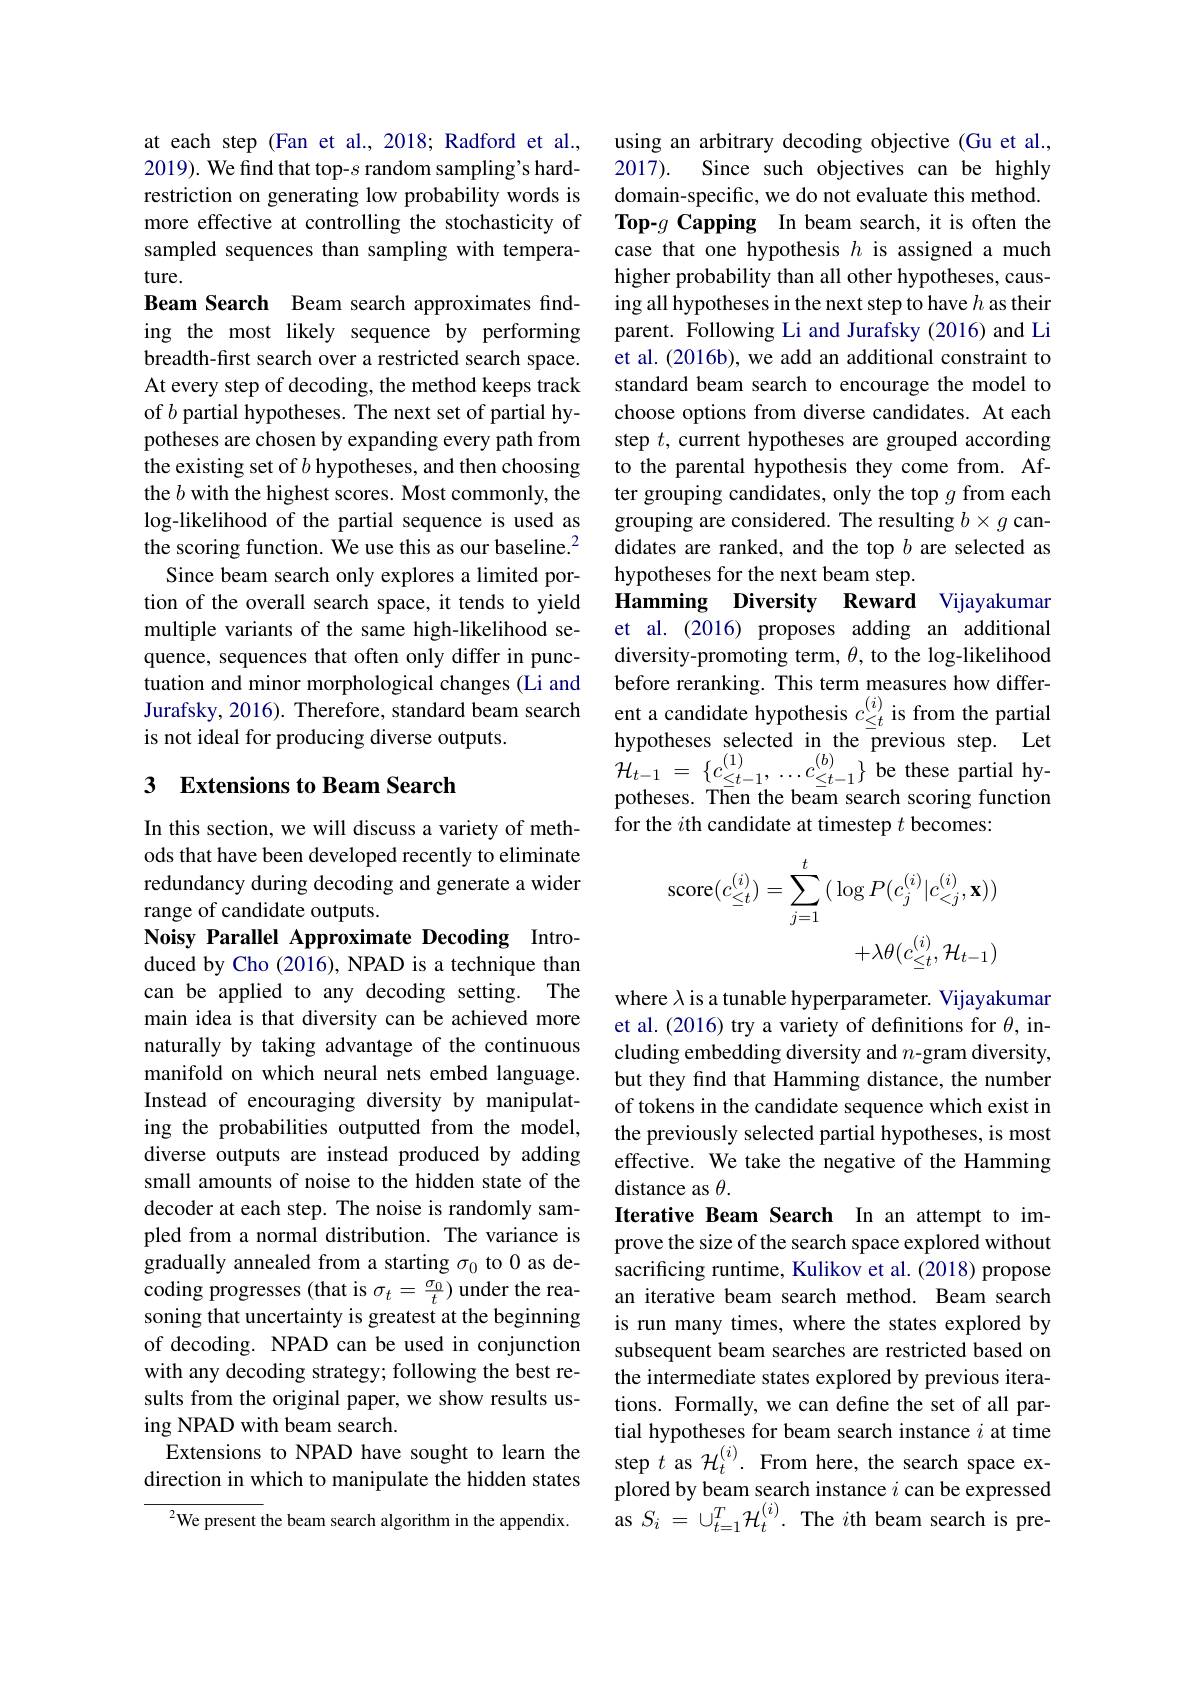
at each step (Fan et al.,2018; Radford et al., 2019). We find that top-s random sampling's hardrestriction on generating low probability words is more effective at controlling the stochasticity of sampled sequences than sampling with temperature.
Beam Search Beam search approximates finding the most likely sequence by performing breadth-first search over a restricted search space. At every step of decoding, the method keeps track of $b$ partial hypotheses. The next set of partial hypotheses are chosen by expanding every path from the existing set of $b$ hypotheses, and then choosing the $b$ with the highest scores. Most commonly, the log-likelihood of the partial sequence is used as the scoring function. $\hat{\text{We use this as our baseline.}^2}$
Since beam search only explores a limited portion of the overall search space, it tends to yield multiple variants of the same high-likelihood sequence, sequences that often only differ in punctuation and minor morphological changes (Li and Jurafsky, 2016). Therefore, standard beam search is not ideal for producing diverse outputs.

## 3 Extensions to Beam Search

In this section, we will discuss a variety of methods that have been developed recently to eliminate redundancy during decoding and generate a wider range of candidate outputs.
Noisy Parallel Approximate Decoding Introduced by Cho (2016), NPAD is a technique than can be applied to any decoding setting. The main idea is that diversity can be achieved more naturally by taking advantage of the continuous manifold on which neural nets embed language. Instead of encouraging diversity by manipulating the probabilities outputted from the model, diverse outputs are instead produced by adding small amounts of noise to the hidden state of the decoder at each step. The noise is randomly sampled from a normal distribution. The variance is gradually annealed from a starting $\sigma_0$ to 0 as decoding progresses (that is $\sigma_t=\frac{\sigma_0}t)$ under the reasoning that uncertainty is greatest at the beginning of decoding. NPAD can be used in conjunction with any decoding strategy; following the best results from the original paper, we show results using NPAD with beam search.
Extensions to NPAD have sought to learn the direction in which to manipulate the hidden states
$^{2}$We present the beam search algorithm in the appendix.

using an arbitrary decoding objective (Gu et al., 2017). Since such objectives can be highly domain-specific, we do not evaluate this method. Top-$g\textbf{ Capping In beam search, it is often the}$ case that one hypothesis $h$ is assigned a much higher probability than all other hypotheses, causing all hypotheses in the next step to have $h$ as their parent. Following Li and Jurafsky (2016) and Li et al. (2016b), we add an additional constraint to standard beam search to encourage the model to choose options from diverse candidates. At each step $t$, current hypotheses are grouped according to the parental hypothesis they come from. After grouping candidates, only the top $g$ from each grouping are considered. The resulting $b\times g$ candidates are ranked, and the top $b$ are selected as hypotheses for the next beam step.
Hamming Diversity Reward Vijayakuman et al. (2016) proposes adding an additional diversity-promoting term, $\theta$, to the log-likelihood before reranking. This term measures how different a candidate hypothesis $c_{\le t}^{(i)}$ is from the partial hypotheses selected in the previous step. Let $\mathcal{H} _{t- 1}= \{ c_{\leq t- 1}^{( 1) }, \ldots c_{\leq t- 1}^{( b) }\}$ be these partial hy- potheses. Then the beam search scoring function potheses. Then the beam search scoring function for the $i$th candidate at timestep $t$ becomes:
$$\begin{aligned}\mathrm{score}(c_{\leq t}^{(i)})&=\sum_{j=1}^{t}(\log P(c_{j}^{(i)}|c_{<j}^{(i)},\mathbf{x}))\\&+\lambda\theta(c_{\leq t}^{(i)},\mathcal{H}_{t-1})\end{aligned}$$
where $\lambda$ is a tunable hyperparameter. Vijayakumar et al. (2016) try a variety of definitions for $\theta$, including embedding diversity and $n$-gram diversity, but they find that Hamming distance, the number of tokens in the candidate sequence which exist in the previously selected partial hypotheses, is most effective. We take the negative of the Hamming distance as $\theta.$
Iterative Beam Search In an attempt to improve the size of the search space explored without sacrificing runtime, Kulikov et al. (2018) propose an iterative beam search method. Beam search is run many times, where the states explored by subsequent beam searches are restricted based on the intermediate states explored by previous iterations. Formally, we can define the set of all partial hypotheses for beam search instance $i$ at time step $t$ as $\mathcal{H}_t^{(i)}.$ From here, the search space explored by beam search instance $i$ can be expressed as $S_{i}=\cup_{t=1}^{T}\mathcal{H}_{t}^{(i)}.$ The $i$th beam search is pre-